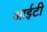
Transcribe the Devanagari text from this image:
आई़़टी